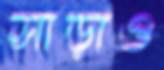
সাড়াও